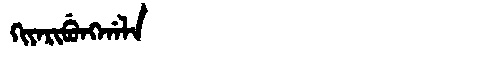
Manchu: ᡴᡳᠶᠠᡵᡳᠪᡠᠩᡤᠠᠯᠠ
Romanization: KIYARIBUNGGALA